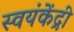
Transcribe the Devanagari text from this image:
स्वयंकेंद्री